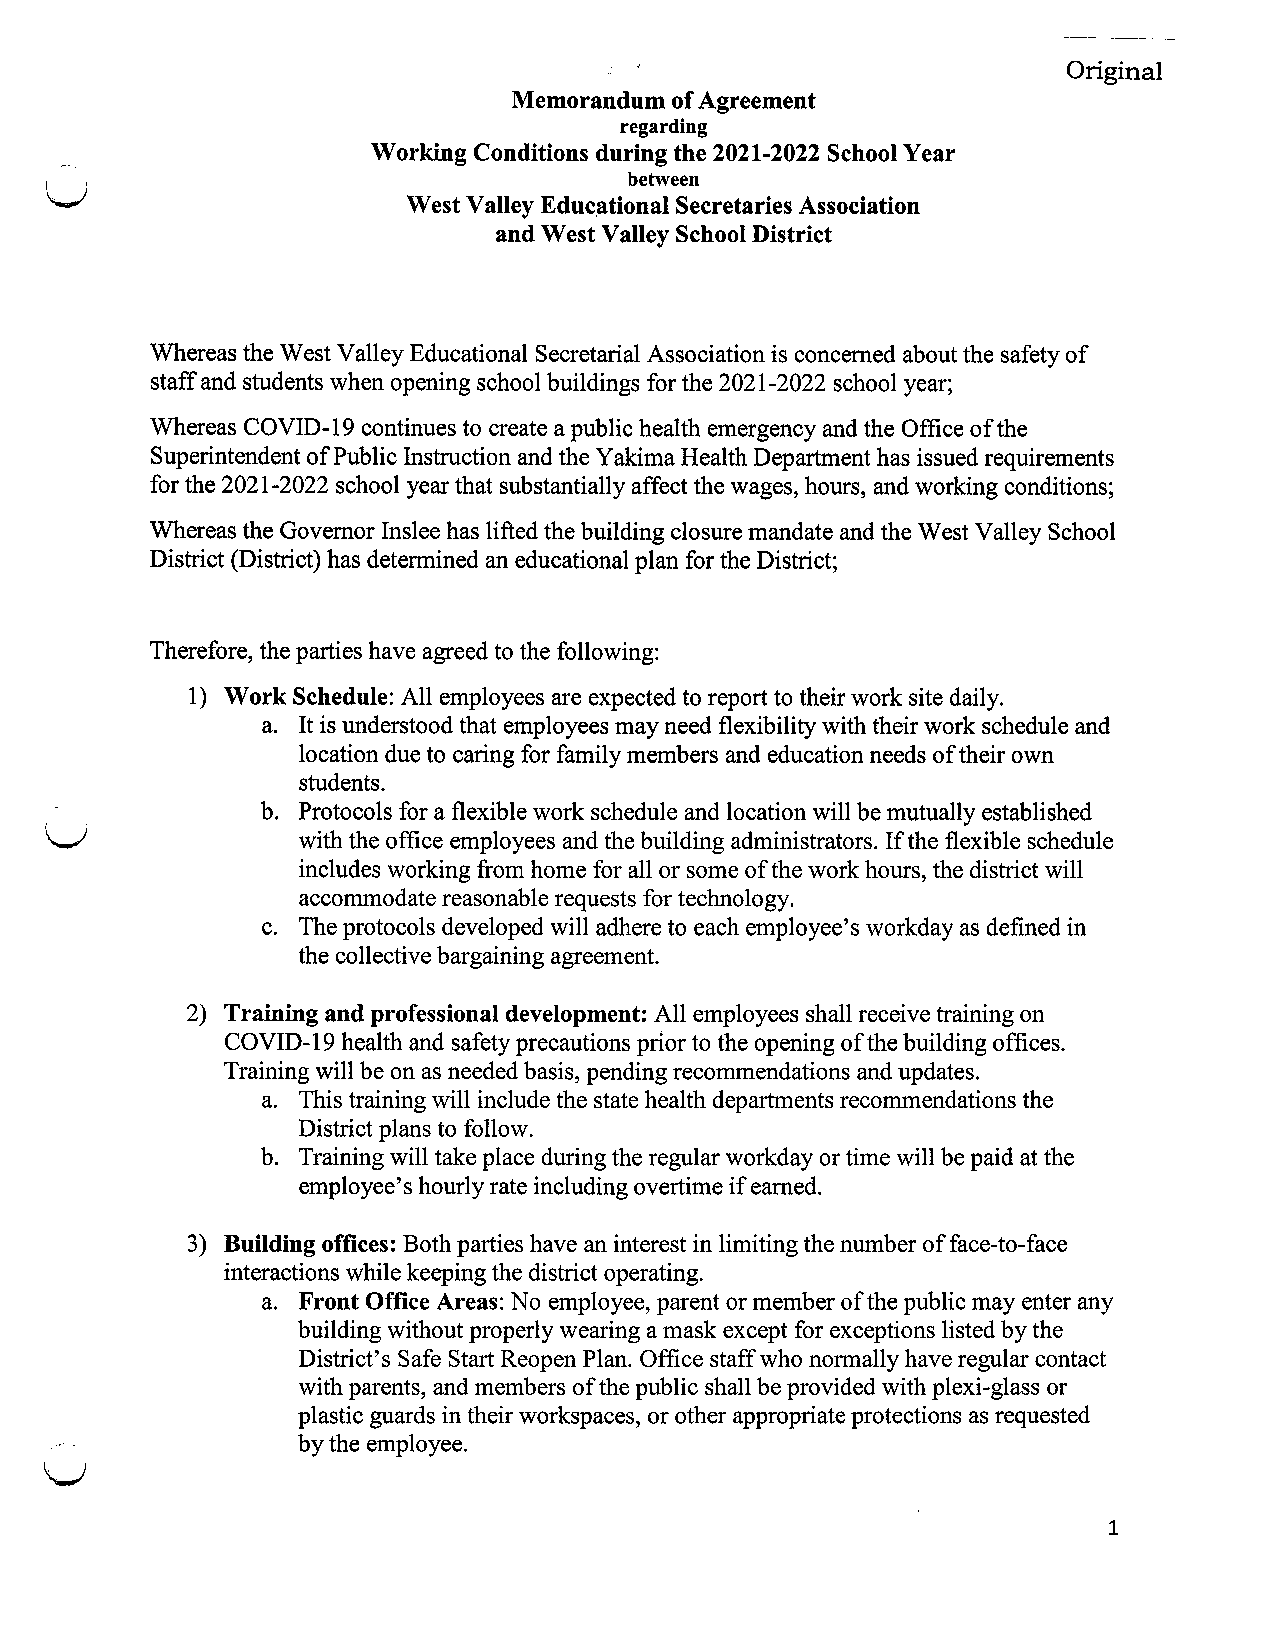
Original
 Memorandum of Agreement
 regarding
 Working Conditions during the 2021-2022 School Year
 (  j                                   between
 West Valley Educational Secretaries Association
 and West Valley School District
 Whereas the West Valley Educational Secretarial Association is concerned about the safety of
 staff and students when opening school buildings for the 2021-2022 school year;
 WTiereas COVID-19 continues to create a public health emergency and the Office oft he
 Superintendent of Public Instruction and the Yakima Health Department has issued requirements
 for the 2021-2022 school year that substantially affect the wages, hours, and working conditions;
 Whereas the Govemor Inslee has lifted the building closure mandate and the West Valley School
 District (District) has determined an educational plan for the District;
 Therefore, the parties have agreed to the following;
 1) Work Schedule: All employees are expected to report to their work site daily.
 a. It is understood that employees may need flexibility with their work schedule and
 location due to caring for family members and education needs of their own
 students.
 b. Protocols for a flexible work schedule and location will be mutually established
 with the office employees and the building administrators. If the flexible schedule
 includes working from home for all or some of the work hours, the district will
 accommodate reasonable requests for technology.
 c. The protocols developed will adhere to each employee's workday as defined in
 the collective bargaining agreement.
 2) Training and professional development: All employees shall receive training on
 COVID-19 health and safety precautions prior to the opening of the building offices.
 Training will be on as needed basis, pending recommendations and updates.
 a. This training will include the state health departments recommendations the
 District plans to follow.
 b. Training will take place during the regular workday or time will be paid at the
 employee's hourly rate including overtime if earned.
 3) Building offices: Both parties have an interest in limiting the number off ace-to-face
 interactions while keeping the district operating.
 a. Front Office Areas: No employee, parent or member of the public may enter any
 building without properly wearing a mask except for exceptions listed by the
 District's Safe Start Reopen Plan. Office staff who normally have regular contact
 with parents, and members of the public shall be provided with plexi-glass or
 plastic guards in their workspaces, or other appropriate protections as requested
 by the employee.